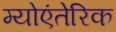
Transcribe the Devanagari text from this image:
म्योएंतेरिक